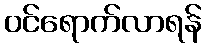
ဝင်ရောက်လာရန်